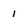
Character: 1